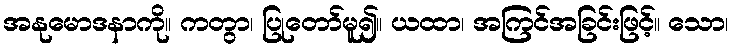
အနုမောဒနာကို။ ကတွာ၊ ပြုတော်မူ၍။ ယထာ၊ အကြင်အခြင်းဖြင့်။ သော၊